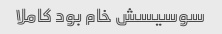
سوسیسش خام بود کاملا